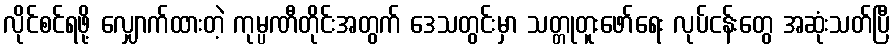
လိုင်စင်ရဖို့ လျှောက်ထားတဲ့ ကုမ္ပဏီတိုင်းအတွက် ဒေသတွင်းမှာ သတ္တုတူးဖော်ရေး လုပ်ငန်းတွေ အဆုံးသတ်ပြီ